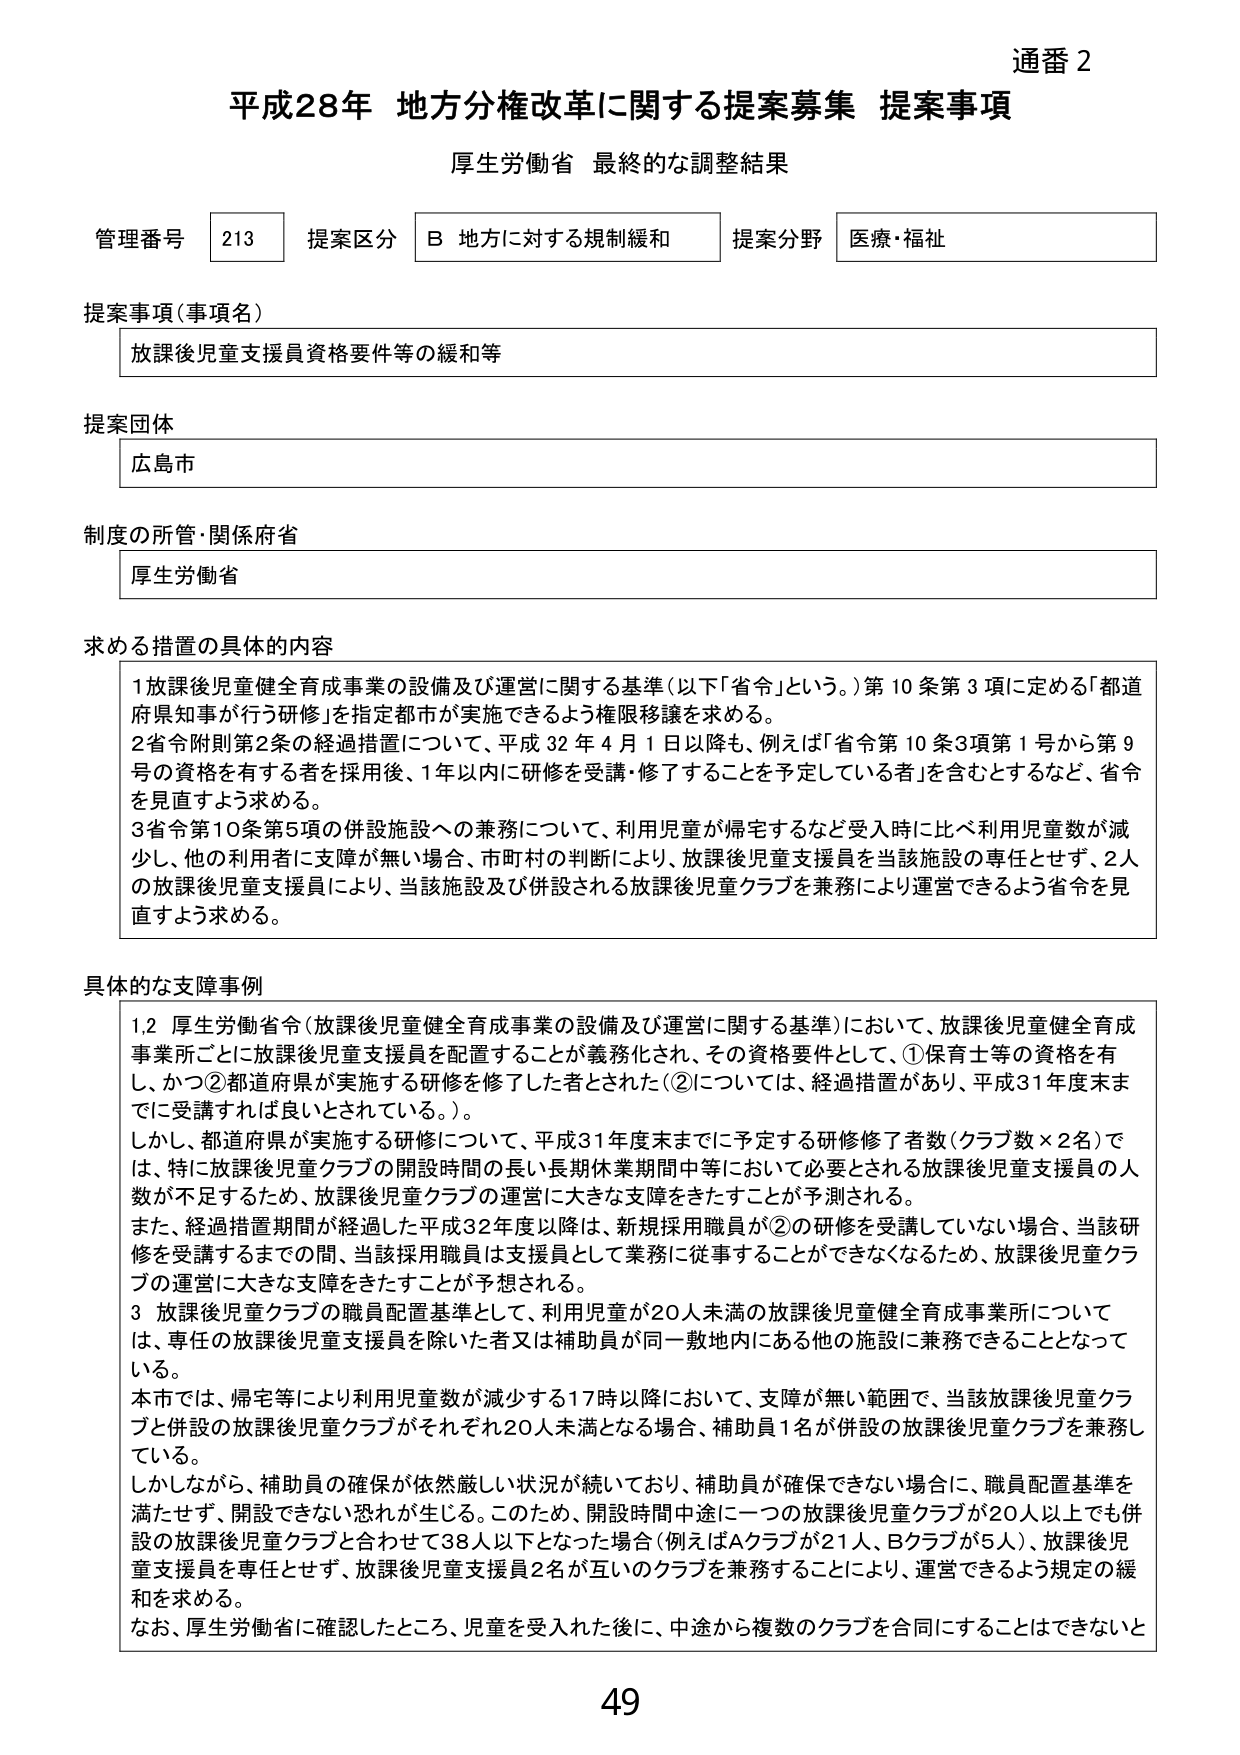
通番 2
平成28年 地方分権改革に関する提案募集 提案事項
厚生労働省 最終的な調整結果

管理番号 213 提案区分 B 地方に対する規制緩和 提案分野 医療・福祉

提案事項（事項名）
放課後児童支援員資格要件等の緩和等

提案団体
広島市

制度の所管・関係府省
厚生労働省

求める措置の具体的内容
1 放課後児童健全育成事業の設備及び運営に関する基準（以下「省令」という。）第10条第3項に定める「都道府県知事が行う研修」を指定都市が実施できるよう権限移譲を求める。
2 省令附則第2条の経過措置について、平成32年4月1日以降も、例えば「省令第10条3項第1号から第9号の資格を有する者を採用後、1年以内に研修を受講・修了することを予定している者」を含むとするなど、省令を見直すよう求める。
3 省令第10条第5項の併設施設への兼務について、利用児童が帰宅するなど受入時に比べ利用児童数が減少し、他の利用者に支障が無い場合、市町村の判断により、放課後児童支援員を当該施設の専任とせず、2人の放課後児童支援員により、当該施設及び併設される放課後児童クラブを兼務により運営できるよう省令を見直すよう求める。

具体的な支障事例
1,2 厚生労働省令（放課後児童健全育成事業の設備及び運営に関する基準）において、放課後児童健全育成事業所ごとに放課後児童支援員を配置することが義務化され、その資格要件として、①保育士等の資格を有し、かつ②都道府県が実施する研修を修了した者とされた（②については、経過措置があり、平成31年度末までに受講すれば良いとされている。）。
しかし、都道府県が実施する研修について、平成31年度末までに予定する研修修了者数（クラブ数×2名）では、特に放課後児童クラブの開設時間の長い長期休業期間中等において必要とされる放課後児童支援員の人数が不足するため、放課後児童クラブの運営に大きな支障をきたすことが予測される。
また、経過措置期間が経過した平成32年度以降は、新規採用職員が②の研修を受講していない場合、当該研修を受講するまでの間、当該採用職員は支援員として業務に従事することができなくなるため、放課後児童クラブの運営に大きな支障をきたすことが予想される。
3 放課後児童クラブの職員配置基準として、利用児童が20人未満の放課後児童健全育成事業所については、専任の放課後児童支援員を除いた者又は補助員が同一敷地内にある他の施設に兼務できることとなっている。
本市では、帰宅等により利用児童数が減少する17時以降において、支障が無い範囲で、当該放課後児童クラブと併設の放課後児童クラブがそれぞれ20人未満となる場合、補助員1名が併設の放課後児童クラブを兼務している。
しかしながら、補助員の確保が依然厳しい状況が続いており、補助員が確保できない場合に、職員配置基準を満たせず、開設できない恐れが生じる。このため、開設時間中途に一つの放課後児童クラブが20人以上でも併設の放課後児童クラブと合わせて38人以下となった場合（例えばAクラブが21人、Bクラブが5人）、放課後児童支援員を専任とせず、放課後児童支援員2名が互いのクラブを兼務することにより、運営できるよう規定の緩和を求める。
なお、厚生労働省に確認したところ、児童を受入れた後に、中途から複数のクラブを合同することはできないと

49